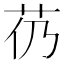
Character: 芿